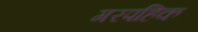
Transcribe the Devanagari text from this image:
गरपहिक